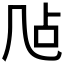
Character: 𪞲